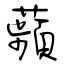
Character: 蘋